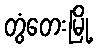
တွံတေးမြို့